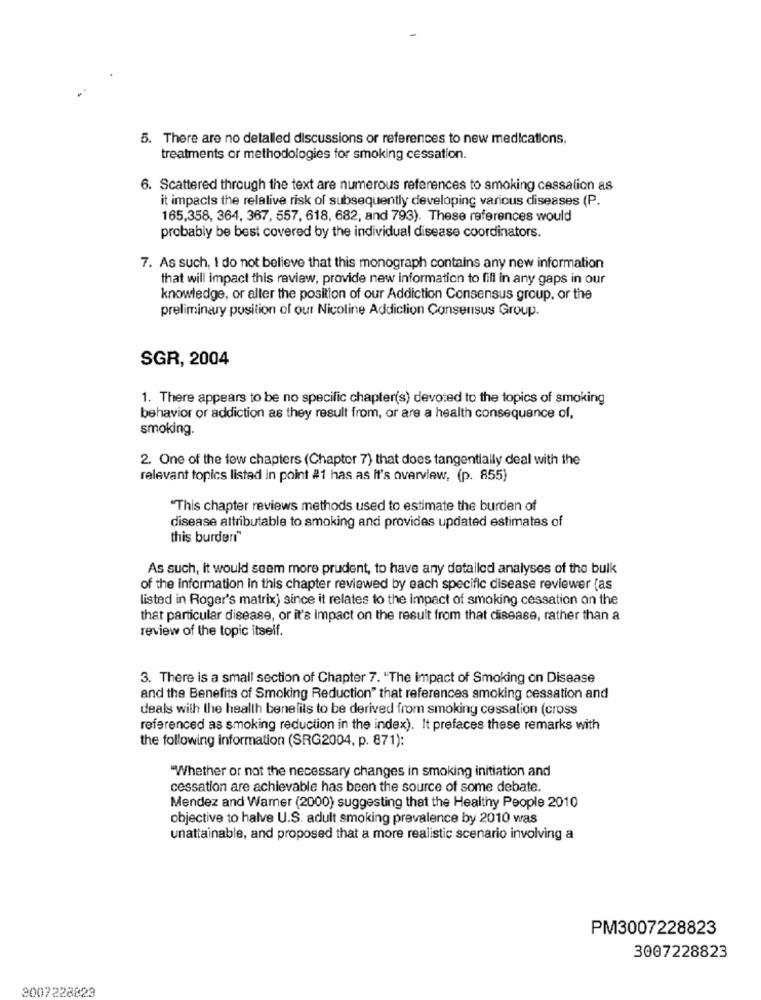
5. There are no detalled discussions or references to new medications,
treatments or methodologies for smoking cessation.
6. Scattered through the text are numerous references to smoking cessation as
it impacts the relative risk of subsequently developing various diseases (P.
165,358, 364, 367, 557, 618, 682, and 793). These references would
probably be best covered by the individual disease coordinators.
7. As such, I do not believe that this monograph contains any new information
that will impact this review, provide new information to fill in any gaps in our
knowledge, or alter the position of our Addiction Consensus group, or the
preliminary position of our Nicoline Addiction Consensus Group.
SGR, 2004
1. There appears to be no specific chapter(s) devoted to the topics of smoking
behavior or addiction as they result from, or are a health consequence of,
smoking.
2. One of the few chapters (Chapter 7) that does tangentially deal with the
relevant topics listed in point #1 has as it's overview, (p. 855)
"This chapter reviews methods used to estimate the burden of
disease attributable to smoking and provides updated estimates of
this burderi"
As such, it would seem more prudent, to have any detailed analyses of the bulk
of the information in this chapter reviewed by each specific disease reviewer (as
listed in Roger's matrix) since it relates to the impact of smoking cessation on the
that particular disease, or it's Impact on the result from that disease, rather than a
review of the topic itself.
3. There is a small section of Chapter 7. "The impact of Smoking on Disease
and the Benefits of Smoking Reduction" that references smoking cessation and
deals with the health benelils to be derived from smoking cessation (cross
referenced as smoking reduction in the index). It prefaces these remarks with
the following information (SRG2004, p. 871):
"Whether or not the necessary changes in smoking initiation and
cessation are achievable has been the source of some debate.
Mendez and Warner (2000) suggesting that the Healthy People 2010
objective to halve U.S. adult smoking prevalence by 2010 was
unattainable, and proposed that a more realistic scenario involving a
PM3007228823
3007228823
3007228829